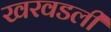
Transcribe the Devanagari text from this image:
खरवडली